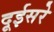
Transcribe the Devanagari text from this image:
दूईसरे